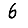
Digit: 6